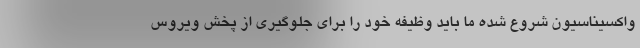
واکسیناسیون شروع شده ما باید وظیفه خود را برای جلوگیری از پخش ویروس